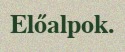
Előalpok.